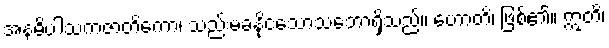
အနဓိပါသကဇာတိကော၊ သည်းမခံနိုငသောသဘောရှိသည်။ ဟောတိ၊ ဖြစ်၏။ ဣတိ၊